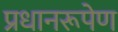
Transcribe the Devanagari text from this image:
प्रधानरूपेण